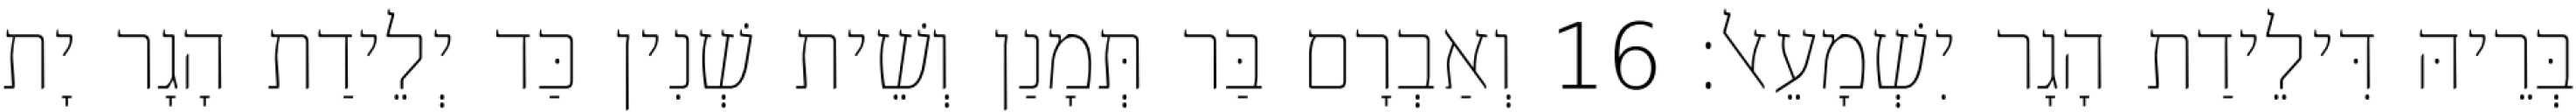
בְּרֵיהּ דִּילֵידַת הָגָר יִשְׁמָעֵאל׃ 16 וְאַבְרָם בַּר תְּמָנַן וְשֵׁית שְׁנִין כַּד יְלֵידַת הָגָר יָת